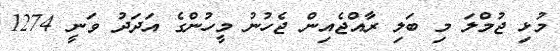
މުޅި ޖުމްލަ މި ބަލި ރާއްޖެއިން ޖެހުނު މީހުންގެ އަދަދު ވަނީ 1274